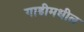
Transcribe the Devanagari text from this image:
गाडीमधील